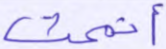
أتممت